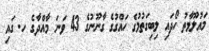
މައުލޫމާތު ހޯދައި ލިބިގަތުމުގެ ހައްގުގެ ގާނޫނުގެ 43 ވަނަ މާއްދާގެ ހ. ގައި